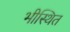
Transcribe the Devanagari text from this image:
भीस्थित